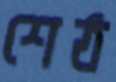
শেঠ